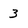
Character: 3